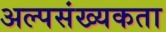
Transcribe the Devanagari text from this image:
अल्पसंख्यकता